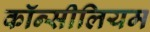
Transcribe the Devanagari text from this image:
कॉन्सीलियम